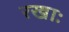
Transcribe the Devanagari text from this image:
रखाः